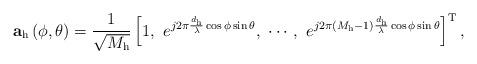
LaTeX: \begin{align*}\mathbf{a}_{\mathrm{h}}\left(\phi,\theta\right) = \frac{1}{\sqrt{M_{\mathrm{h}}}}\left[1, \,\, e^{j2\pi \frac{d_{\mathrm{h}}}{\lambda}\cos\phi\sin\theta}, \,\, \cdots, \,\, e^{j2\pi \left(M_{\mathrm{h}}-1\right)\frac{d_{\mathrm{h}}}{\lambda}\cos\phi\sin\theta}\right]^{\mathrm{T}},\end{align*}